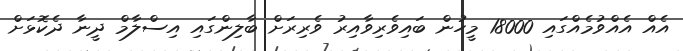
އެއް އެއްވުމެއްގައި 18000 މީހުން ބައިވެރިވާއިރު ވެރިރަށް ބާލިންގައި އިސްލާމް ދީނާ ދެކޮޅަށް